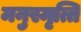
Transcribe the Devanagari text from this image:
मनुस्मृत्ति